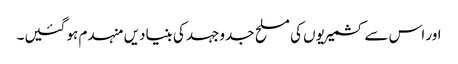
اور اس سے کشمیریوں کی مسلح جدوجہد کی بنیادیں منہدم ہو گئیں۔